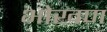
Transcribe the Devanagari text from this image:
भोखण